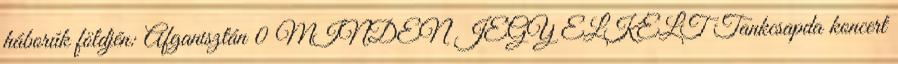
háborúk földjén: Afganisztán 0 MINDEN JEGY ELKELT Tankcsapda koncert